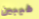
طيبين